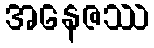
အနေဇဿ